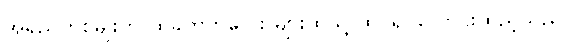
အရည်တစ်မျိုးကို ထိုခွက်ကလေး များထဲသို့ ထပ်၍ လောင်းထည့်သည်။